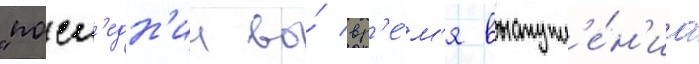
"посл'едн'ии во́ вр'е́м'я выступл'е́н'иа